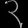
Digit: ၃